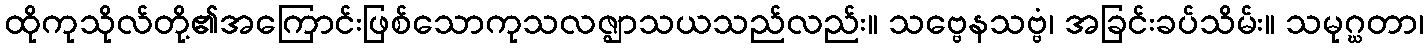
ထိုကုသိုလ်တို့၏အကြောင်းဖြစ်သောကုသလဇ္ဈာသယသည်လည်း။ သဗ္ဗေနသဗ္ဗံ၊ အခြင်းခပ်သိမ်း။ သမုဂ္ဃတာ၊